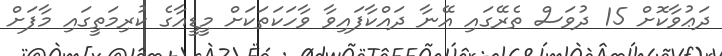
ދަޢުވާކޮށް 15 ދުވަސް ތެރޭގައި އޭނާ ދައްކާފައިވާ ވާހަކަތަކަށް މީޑީއާގެ ކުރިމަތީގައި މާފަށް